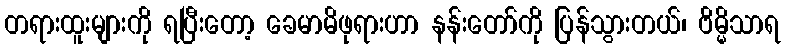
တရားထူးများကို ရပြီးတော့ ခေမာမိဖုရားဟာ နန်းတော်ကို ပြန်သွားတယ်၊ ဗိမ္မိသာရ